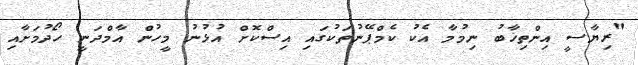
"ރިޔާސީ އިންތިޚާބު ނިމުމާ އެކު ކެމްޕޭނުތަކުގައި އިސްކޮށް އުޅުނު މީހުން އާމްދަނީ ހޯދުމަށާއި